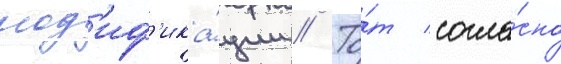
мод'иф'ика́ции // То́т согла́сно